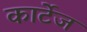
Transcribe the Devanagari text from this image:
कार्टेज